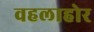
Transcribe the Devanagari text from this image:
वहलाहोर